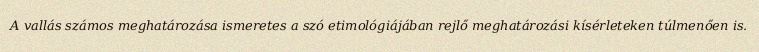
A vallás számos meghatározása ismeretes a szó etimológiájában rejlő meghatározási kísérleteken túlmenően is.